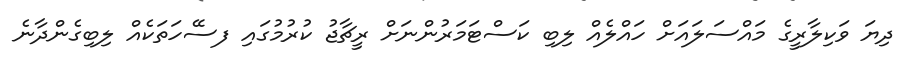
ދިޔަ ވަކިލާރީގެ މައްސަލައަށް ހައްލެއް ލިބި ކަސްޓަމަރުންނަށް ރީޗާޖު ކުރުމުގައި ފސޭހަތަކެއް ލިބިގެންދާނެ